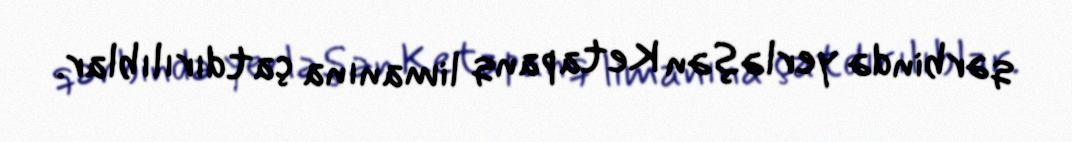
qərbində yerləşən Ketapanq limanına çatdırılıblar.